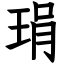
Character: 琄